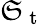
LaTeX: \mathfrak{S}_{\mathrm{{~t~}}}